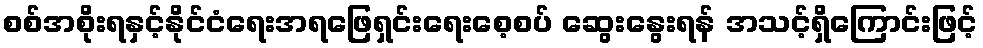
စစ်အစိုးရနှင့်နိုင်ငံရေးအရဖြေရှင်းရေးစေ့စပ် ဆွေးနွေးရန် အသင့်ရှိကြောင်းဖြင့်